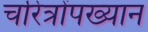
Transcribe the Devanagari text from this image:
चरित्रोंपख्यान